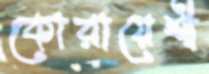
কোরায়েশী